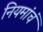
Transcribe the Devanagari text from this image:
नियमांचं